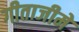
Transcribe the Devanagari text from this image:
गीताजीमें